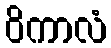
ဝိကာလံ